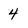
Character: 4